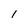
Character: i